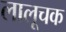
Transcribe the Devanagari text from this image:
लालूचक